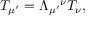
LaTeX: T _ { \mu ^ { \prime } } = \Lambda _ { \mu ^ { \prime } } { } ^ { \nu } T _ { \nu } ,